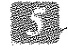
5